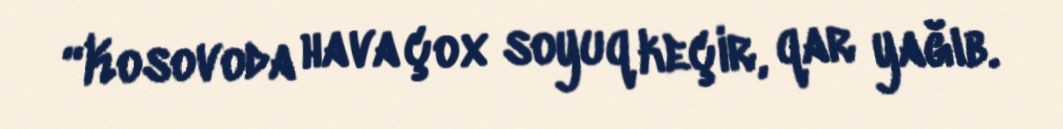
“Kosovoda hava çox soyuq keçir, qar yağıb.